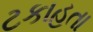
ટકાહતા